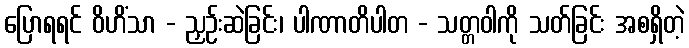
ပြောရရင် ဝိဟိံသာ - ညှဉ်းဆဲခြင်း၊ ပါဏာတိပါတ - သတ္တဝါကို သတ်ခြင်း အစရှိတဲ့